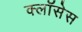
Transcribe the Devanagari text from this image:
क्लाॅसेस